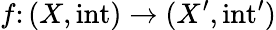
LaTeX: f\colon(X,\operatorname{int})\to(X^{\prime},\operatorname{int}^{\prime})